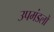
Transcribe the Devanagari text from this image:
उपमंडलों